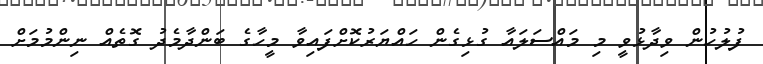
ފުލުހުން ވިދާޅުވީ މި މައްސަލައާ ގުޅިގެން ހައްޔަރުކޮށްފައިވާ މީހާގެ ބަންދާމެދު ގޮތެއް ނިންމުމަށް